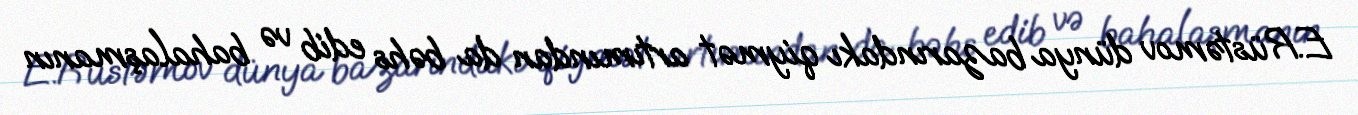
E.Rüstəmov dünya bazarındakı qiymət artımından da bəhs edib və bahalaşmanın